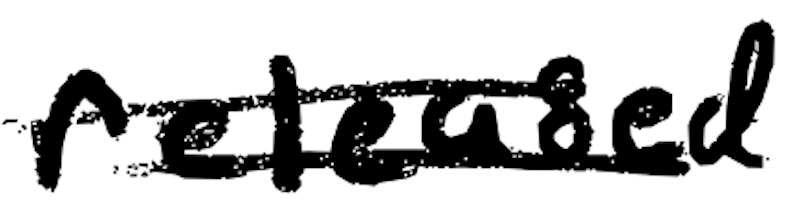
Text: released
Cross-out: double-line
Writing tool: digital_black